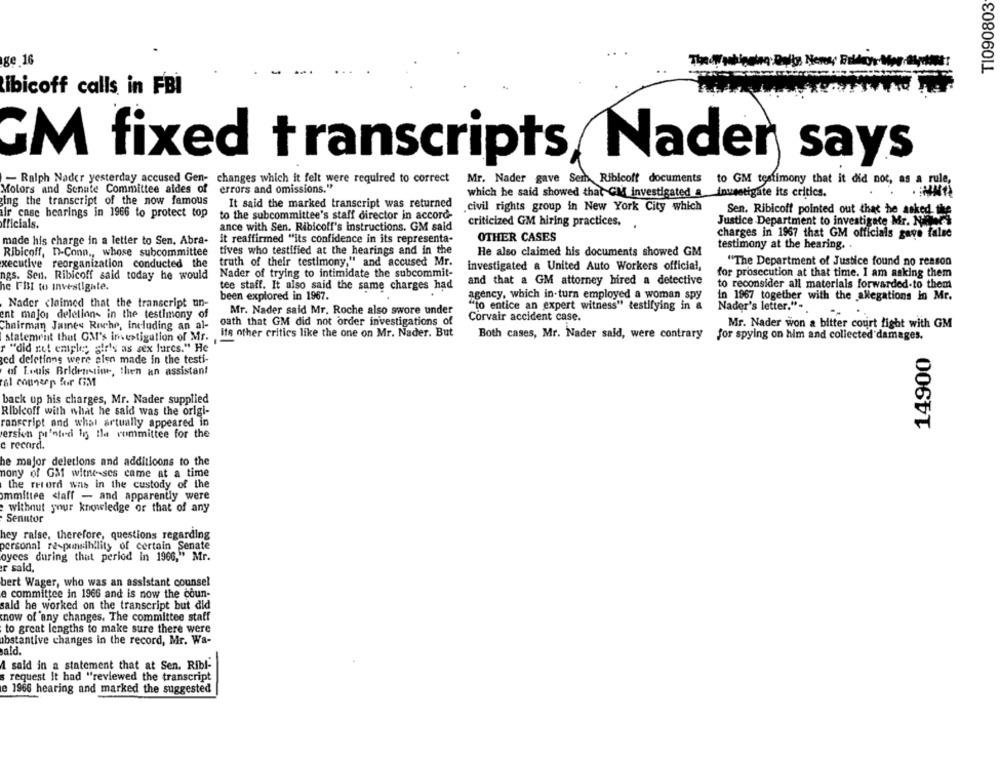
T1090803
ge 16
ibicoff calls in FBI
Nader says
GM fixed transcripts/
- Ralph Nader yesterday accused Gen- changes which it felt were required to correct
Mr. Nader gave Sem Ribleoff documents to GM testimony that it did not, as a rule
Motors and Senate Committee aides of
errors and omissions."
which he said showed that CM investigated &
Inusetigtite its critics.
ing the transcript of the now famous
It said the marked transcript was returned
ir case bearings in 1966 to protect top
.civil rights group in New York City which
Sen. Ribicoff pointed out that he asked the
to the subcommittee's staff director in accord-
Justice Department to investigate Mr. Nous
officials.
ance with Sen. Ribicoff's instructions. GM said
criticized GM hiring practices.
charges in 1967 that GM officials gave false
made his charge in a letter to Sen. Abra-
it reaffirmed "its confidence in its representa-
OTHER CASES
testimony at the hearing.
tives who testified at the hearings and in the
He also claimed his documents showed GM
Ribicoff, n-Conn ., whose subcommittee
xecutive reorganization conducted the
truth of their testimony," and accused Mr.
investigated a United Auto Workers official,
"The Department of Justice found no reason
Nader of trying to intimidate the subcommit-
for prosecution at that time. I am asking them
ngs. Sen. Ribicoff said today he would
and that a GM attorney hired a detective
he FBI to investigate.
tee staff. It also said the same charges had
to reconsider all materials forwarded.to them
been explored in 1967.
agency, which in turn employed a woman spy
in 1967 together with the allegations in Mr.
Nader claimed that the transcript un-
"to entice an expert witness" testifying in a
Mr. Nader said Mr. Roche also swore under
Nader's letter."-
ent major deletions in the testimony of
oath that GM did not order investigations of
Corvair accident case.
Chairman James Ruche, including an al-
Mr. Nader won a bitter court fight with GM
Its other critics like the one on Mr. Nader. But
Both cases, Mr. Nader said, were contrary for spying on him and collected damages.
statement that OM's investigation of Mr.
r "did ret emple; air's as sex furcs." He
14900
ed deletions were alen made in the testi-
of Louis Bridenstine, then an assistant
Fel counaop for GM
back up his charges, Mr. Nader supplied
Riblcoff with what he said was the origi-
ranscript and what artually appeared in
version pi'nted in the committee for the
c record.
he major deletions and additioons to the
nony of Gaf witnesses came at a time
the record was in the custody of the
ommittee <laff - and apparently were
without your knowledge or that of any
Senntor
hey ralse, therefore, questions regarding
personal re-punsibility of certain Senate
oyees during that period in 1966," Mr.
er sald.
bert Wager, who was an assistant counsel
e committee in 1966 and is now the coun-
sald he worked on the transcript but did
now of any changes. The committee staff
to great lengths to make sure there were
abstantive changes in the record, Mr. Wa-
sald.
A said in a statement that at Sen. Ribl-
s request It had "reviewed the transcript
e 1966 hearing and marked the suggested